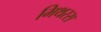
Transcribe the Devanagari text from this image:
मिथरस